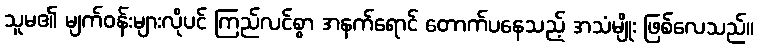
သူမ၏ မျက်ဝန်းများလိုပင် ကြည်လင်စွာ အနက်ရောင် တောက်ပနေသည့် အသံမျိုး ဖြစ်လေသည်။